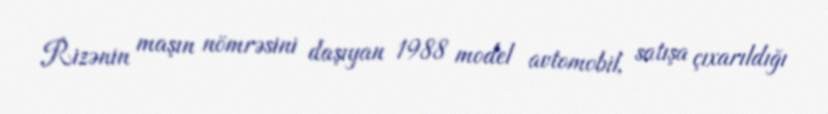
Rizənin maşın nömrəsini daşıyan 1988 model avtomobil, satışa çıxarıldığı